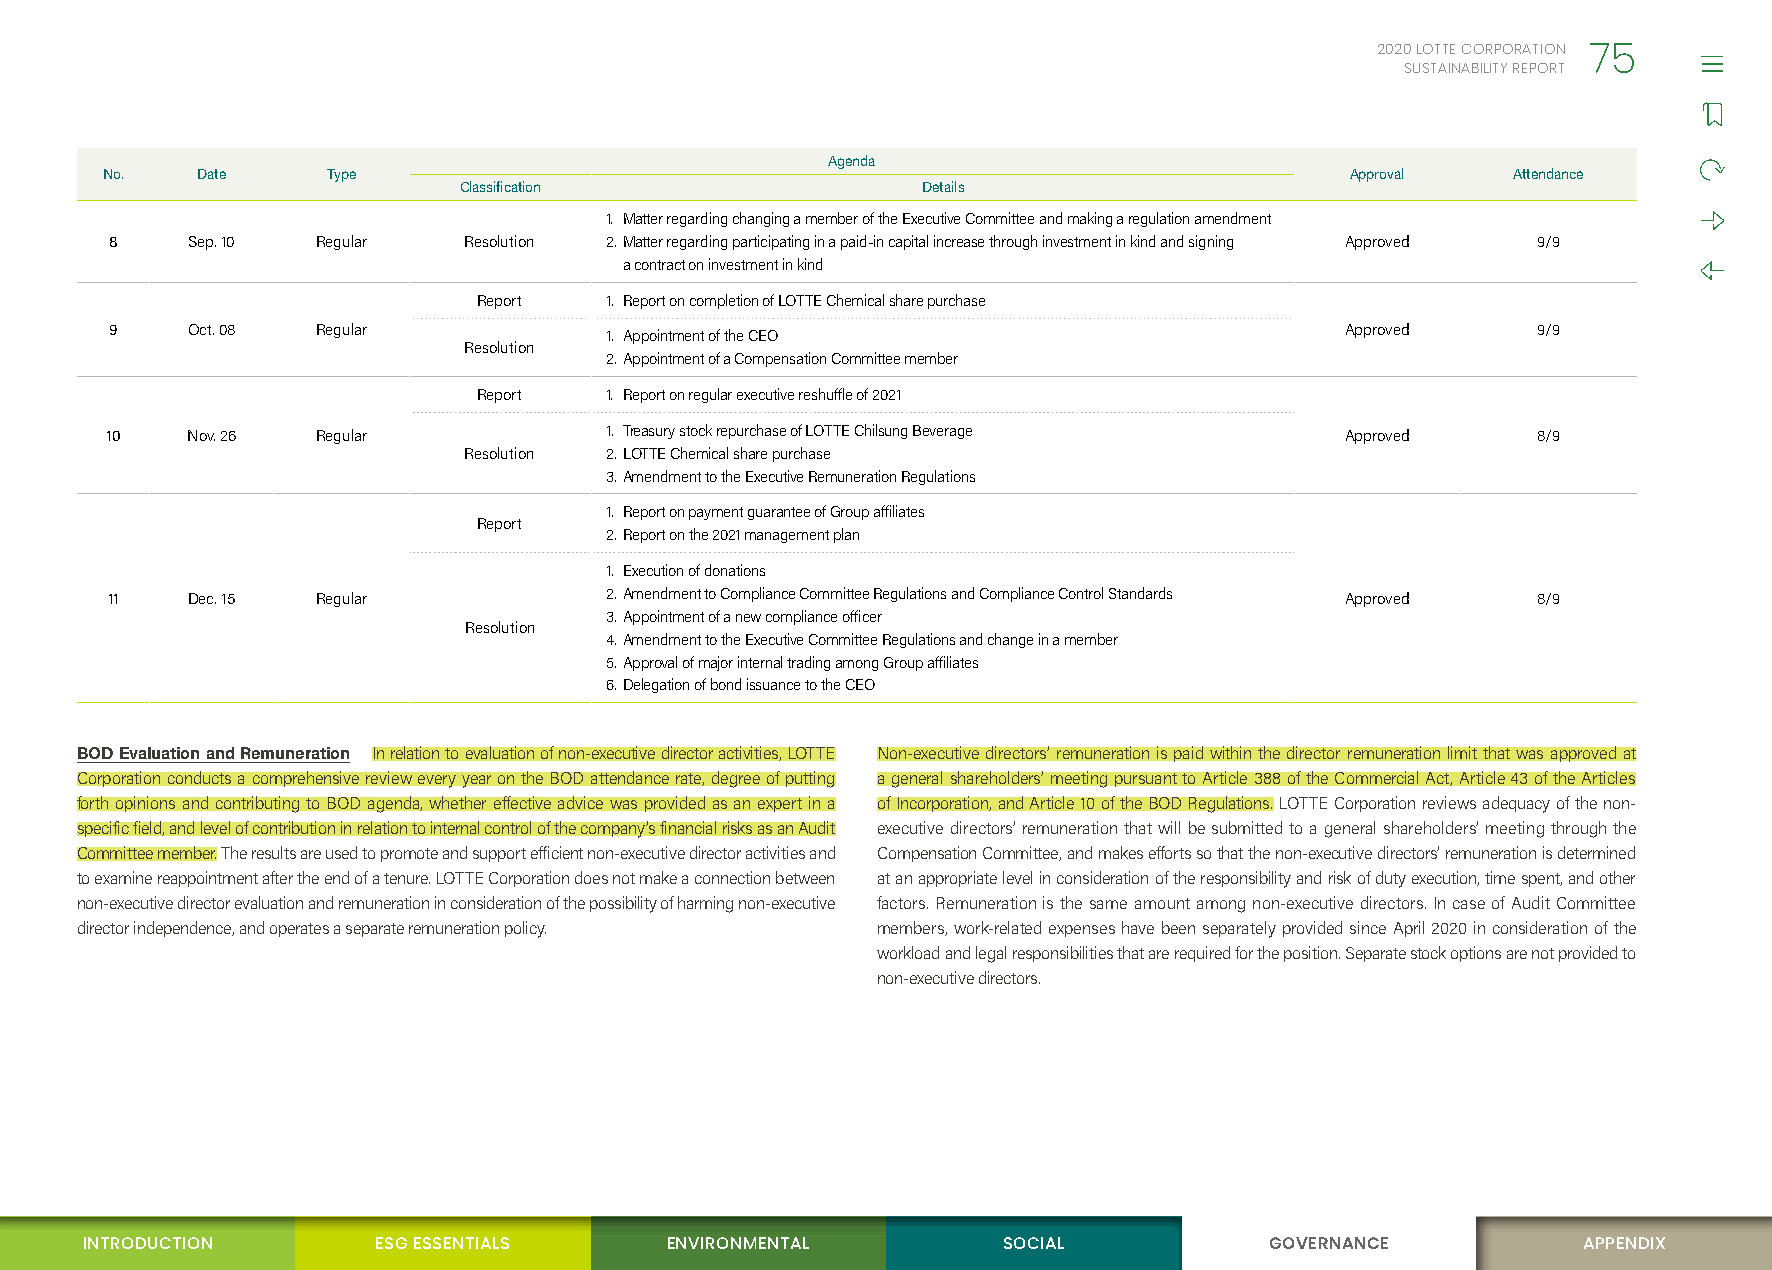
2020 LOTTE CORPORATION
 75
 SUSTAINABILITY REPORT
 Agenda
 No.   Date     Type                                                               Approval   Attendance
 Classification                 Details
 1. Matter regarding changing a member of the Executive Committee and making a regulation amendment
 8    Sep. 10  Regular   Resolution 2. Matter regarding participating in a paid-in capital increase through investment in kind and signing Approved 9/9
 a contract on investment in kind
 Report  1. Report on completion of LOTTE Chemical share purchase
 9    Oct. 08  Regular                                                             Approved     9/9
 1. Appointment of the CEO
 Resolution
 2. Appointment of a Compensation Committee member
 Report  1. Report on regular executive reshuffle of 2021
 10   Nov. 26  Regular            1. Treasury stock repurchase of LOTTE Chilsung Beverage Approved 8/9
 Resolution 2. LOTTE Chemical share purchase
 3. Amendment to the Executive Remuneration Regulations
 1. Report on payment guarantee of Group affiliates
 Report
 2. Report on the 2021 management plan
 1. Execution of donations
 11   Dec. 15  Regular            2. Amendment to Compliance Committee Regulations and Compliance Control Standards Approved 8/9
 3. Appointment of a new compliance officer
 Resolution
 4. Amendment to the Executive Committee Regulations and change in a member
 5. Approval of major internal trading among Group affiliates
 6. Delegation of bond issuance to the CEO
 BOD Evaluation and Remuneration In relation to evaluation of non-executive director activities, LOTTE Non-executive directors’ remuneration is paid within the director remuneration limit that was approved at
 Corporation conducts a comprehensive review every year on the BOD attendance rate, degree of putting a general shareholders’ meeting pursuant to Article 388 of the Commercial Act, Article 43 of the Articles
 forth opinions and contributing to BOD agenda, whether effective advice was provided as an expert in a of Incorporation, and Article 10 of the BOD Regulations. LOTTE Corporation reviews adequacy of the non-
 specific field, and level of contribution in relation to internal control of the company’s financial risks as an Audit executive directors’ remuneration that will be submitted to a general shareholders’ meeting through the
 Committee member. The results are used to promote and support efficient non-executive director activities and Compensation Committee, and makes efforts so that the non-executive directors’ remuneration is determined
 to examine reappointment after the end of a tenure. LOTTE Corporation does not make a connection between at an appropriate level in consideration of the responsibility and risk of duty execution, time spent, and other
 non-executive director evaluation and remuneration in consideration of the possibility of harming non-executive factors. Remuneration is the same amount among non-executive directors. In case of Audit Committee
 director independence, and operates a separate remuneration policy. members, work-related expenses have been separately provided since April 2020 in consideration of the
 workload and legal responsibilities that are required for the position. Separate stock options are not provided to
 non-executive directors.
 INTRODUCTION        ESG ESSENTIALS     ENVIRONMENTAL         SOCIAL            GOVERNANCE           APPENDIX